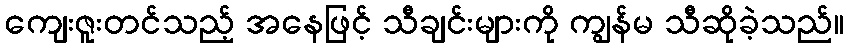
ကျေးဇူးတင်သည့် အနေဖြင့် သီချင်းများကို ကျွန်မ သီဆိုခဲ့သည်။